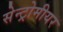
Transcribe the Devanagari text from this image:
सेन्ट्रोमीयर